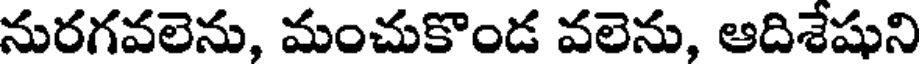
నురగవలెను, మంచుకొండ వలెను, ఆదిశేషుని